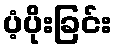
ပံ့ပိုးခြင်း